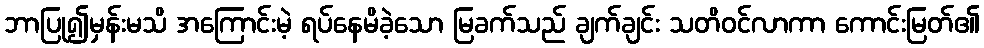
ဘာပြု၍မှန်းမသိ အကြောင်းမဲ့ ရပ်နေမိခဲ့သော မြခက်သည် ချက်ချင်း သတိဝင်လာကာ ကောင်းမြတ်၏